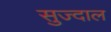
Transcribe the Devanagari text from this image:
सुज्दाल